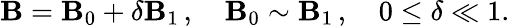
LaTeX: {\mathbf{B}}={\mathbf{B}_{0}}+\delta{\mathbf{B}_{1}}\, ,\quad{\mathbf{B}_{0}}\sim{\mathbf{B}_{1}}\, ,\quad0\leq\delta\ll1.